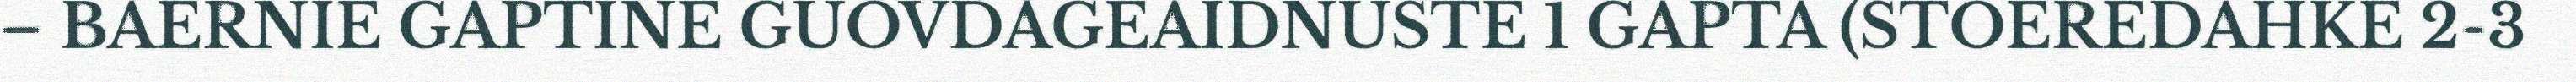
– BAERNIE GAPTINE GUOVDAGEAIDNUSTE 1 GAPTA (STOEREDAHKE 2-3